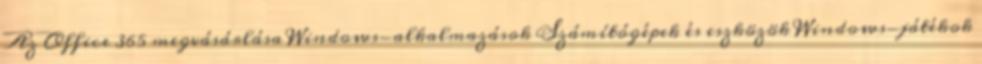
Az Office 365 megvásárlása Windows-alkalmazások Számítógépek és eszközök Windows-játékok